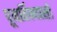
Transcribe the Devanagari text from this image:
पूनर्विन्यासों